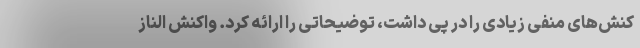
کنش‌های منفی زیادی را در پی داشت، توضیحاتی را ارائه کرد. واکنش الناز